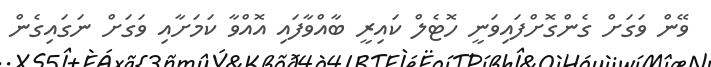
ވޭން ވަގަށް ގެންގޮށްފައިވަނީ ހޮޓެލް ކައިރީ ބާއްވާފައި އޮއްވާ ކަމަށާއި ވަގަށް ނަގައިގެން